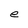
Character: e